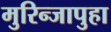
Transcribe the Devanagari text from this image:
मुरिन्जापुहा